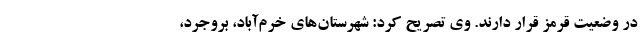
در وضعیت قرمز قرار دارند. وی تصریح کرد: شهرستان‌های خرم‌آباد، بروجرد،